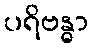
ပရိဗန္ဓာ